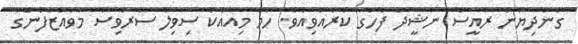
ގެންދިޔުން ރައީސް ނަޝީދު ފާހަގަ ކުރެއްވިއެވެ. ހަމަ މިއާއެކު ސިވިލް ސަރަވިސް މުވައްޒަފުންގެ